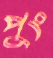
পুং